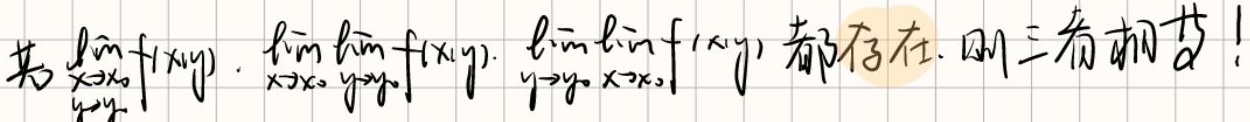
若$\lim\limits_{\substack{x \to x_{0} \\ y \to y_{0}}} f(x,y)$，$\lim\limits_{x \to x_{0}}\lim\limits_{y \to y_{0}} f(x,y)$，$\lim\limits_{y \to y_{0}}\lim\limits_{x \to x_{0}} f(x,y)$都存在，则三者相等！